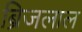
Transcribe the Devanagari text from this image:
ब्रिजलाल